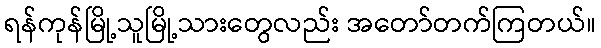
ရန်ကုန်မြို့သူမြို့သားတွေလည်း အတော်တက်ကြတယ်။